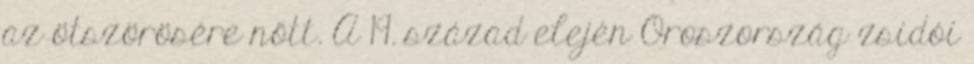
az ötszörösére nőtt. A 19. század elején Oroszország zsidói